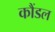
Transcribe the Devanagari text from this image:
कौंडल